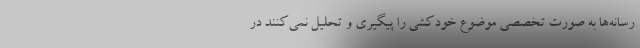
رسانه‌ها به صورت تخصصی موضوع خودکشی را پیگیری و تحلیل نمی‌کنند در